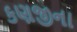
કણજીના